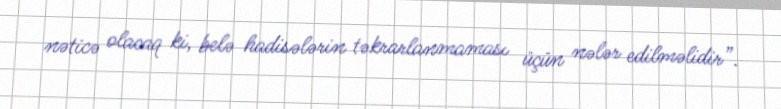
nəticə olacaq ki, belə hadisələrin təkrarlanmaması üçün nələr edilməlidir”.